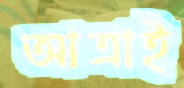
আত্রাই